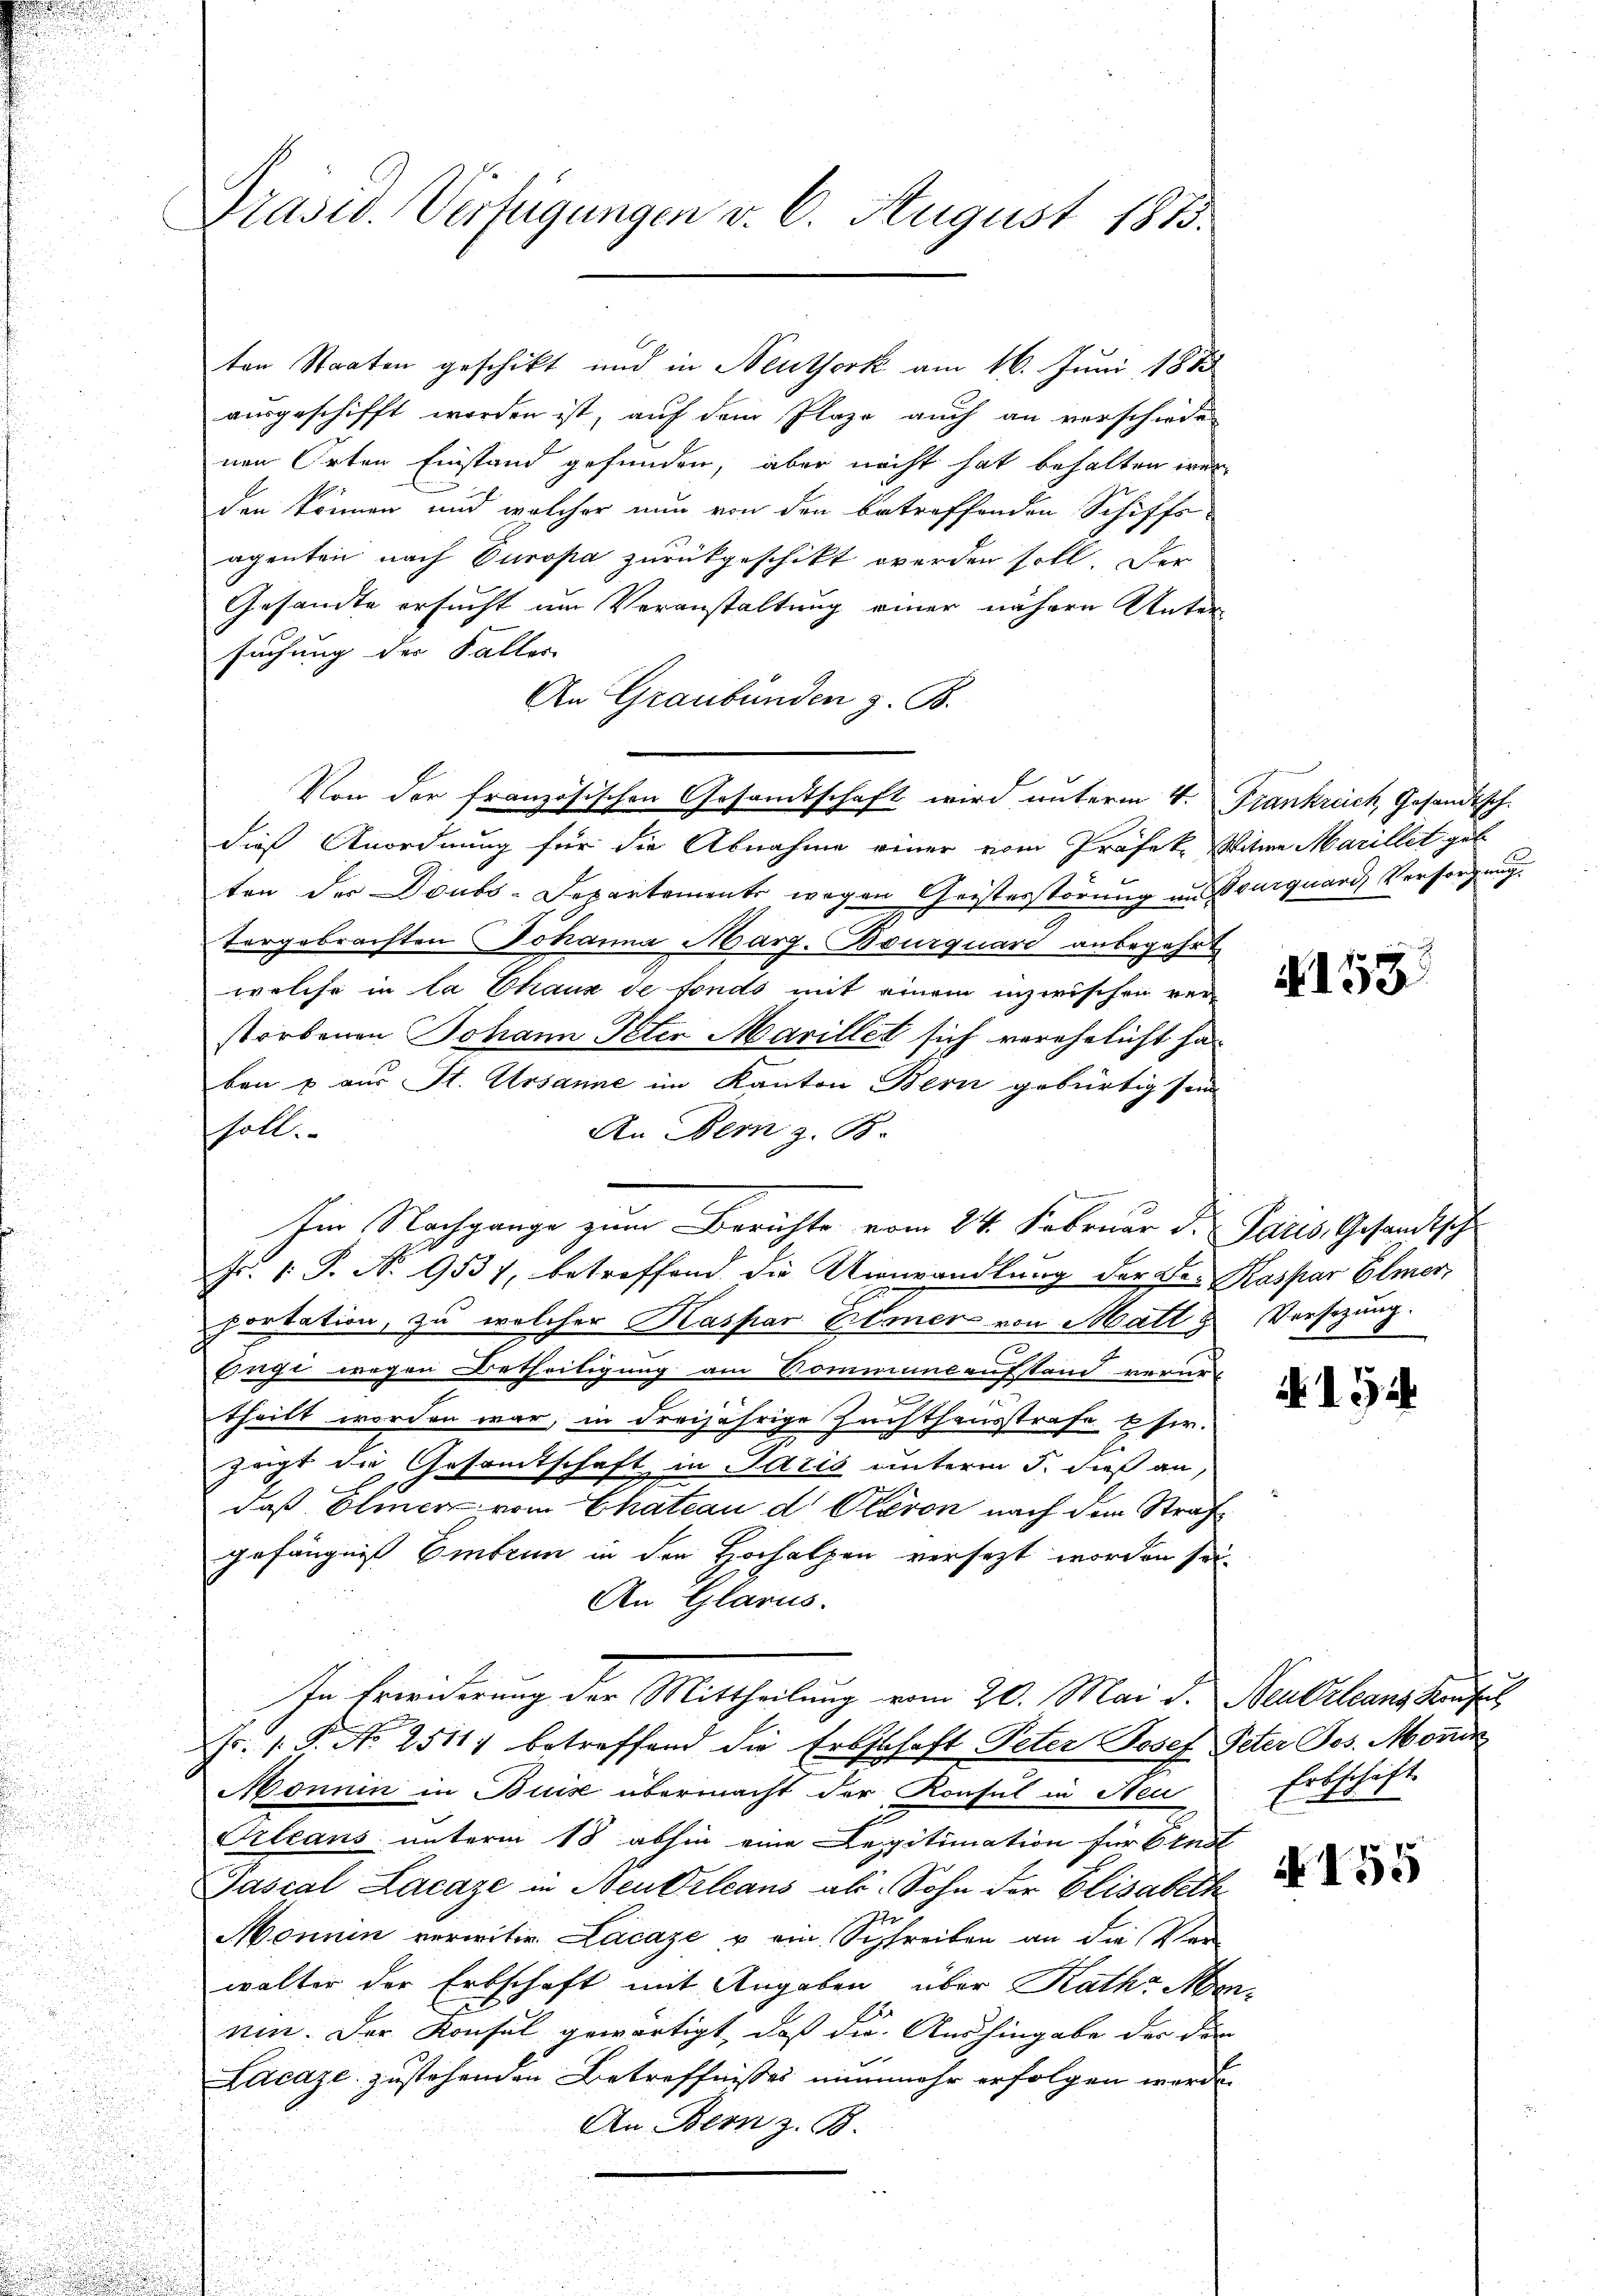
Präsid. Verfügungen v. 6. August 1815.

ten Staaten geschikt und in Neuthork am 16. Juni 1888
ausgeschifft worden ist, auf dem Plaze auch an verschiede
nen Orten Einstand gefunden, aber nacht hat behalten wer
den können, und welcher nun von den betreffenden Schiffs-
agenten nach Europa zurückgeschikt werden soll. Der
Gesandte ersucht um Veranstaltung einer nähern Unter-
suchung der Faller
An Graubünden z. B.
dies Anordnung für die Abnahme einer vom Präfek. Witwe Marillet geb
ten der Doubs-Departements wegen Geisterstörung an Sourquards Versorgung
torgebrachten Johanna Marz-Bourquard anbegehrt
welche in la Chaux de fondo mit einem inzwischen ver-
storbenen Johann Peten Marillet sich verehelicht ha
ben u aus St. Ursanne im Kanton Bern gebürtig sein
soll.
An Bern z. B.
Im Nachgange zum Berichte vom 24. Februar d. Paris, Gesandtsch
Fr. 1. P. No 9537, betreffend die Umwandlung der Der Kaspar Elmer,
portation, zu welcher Kaspar Elmer von Matt & Versezung.
Enge wegen Betheiligung am Kommunaufstand verurtheilt worden war, in dreijährige Zuchthausstrafe Eser.
zagt die Gesamtschaft in Paris unterm 5. dieß an,
daß Elmer vom Chateau d. Plavon nach dem Strafgefängniß Embrun in den Hochalpen versezt worden sei.
An Glarus.
In Erwiderung der Mittheilung vom 20. Mai d. Neubelcans Konfus
Fr. 1. P. No 2511; betreffend die Erbschaft Peter Josef Peter Jes. Monde
Monnin in Bus übermacht der Konsul in Steu
Orleans unterm 18. abhin eine Legitimation für Ernst
Pascal Lacaze in Neudrleans als Sohn der Elisabeth
Monum verwitwe. Lacaze u ein Schreiben an die Ver-
walter der Erbschaft mit Angaben über Rath Menum. Der Konsul gewärtigt, daß die Aushingabe der den
Licae zustehenden Betreffnisses nunmehr erfolgen werde.
An Bern z. B.

Von der französischen Gesandtschaft wird unterm 4. Frankreich, Gesandtsch.

§. 153

15

Erbschäft

N 155